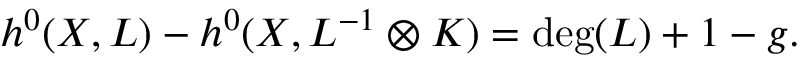
h ^ { 0 } ( X , L ) - h ^ { 0 } ( X , L ^ { - 1 } \otimes K ) = \deg ( L ) + 1 - g .